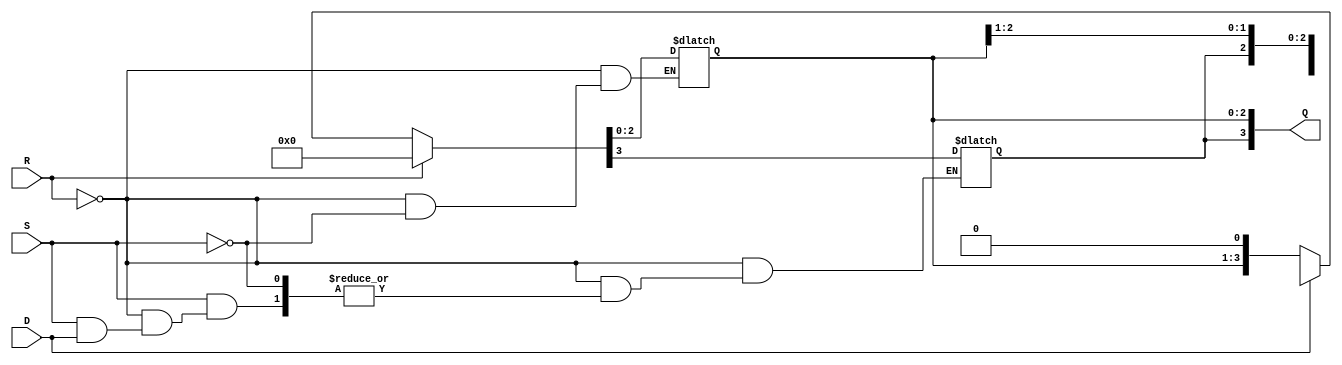
module async_shift_counter (
    input wire S,           // Shift input
    input wire R,           // Asynchronous reset
    input wire D,           // Direction control (0 = left, 1 = right)
    output reg [3:0] Q      // Counter output (4-bit)
);

    // Asynchronous reset and shifting logic
    always @(*) begin
        if (R) begin
            // Reset the counter to 0
            Q = 4'b0000;
        end else if (S) begin
            // Shift operation
            if (D) begin
                // Shift right
                Q = {Q[3], Q[3:1]}; // Maintain MSB and shift right
            end else begin
                // Shift left
                Q = {Q[2:0], 1'b0}; // Shift left and introduce 0 at LSB
            end
        end
    end

endmodule